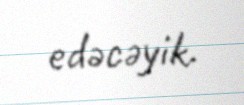
edəcəyik.